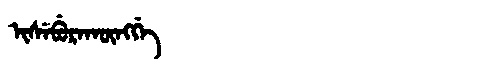
Manchu: ᡳᠰᡝᠪᡠᡵᠠᡴᡡᠩᡤᡝ
Romanization: ISEBURAKŪNGGE